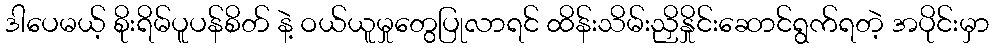
ဒါပေမယ့် စိုးရိမ်ပူပန်စိတ် နဲ့ ဝယ်ယူမှုတွေပြုလာရင် ထိန်းသိမ်းညှိနှိုင်းဆောင်ရွက်ရတဲ့ အပိုင်းမှာ